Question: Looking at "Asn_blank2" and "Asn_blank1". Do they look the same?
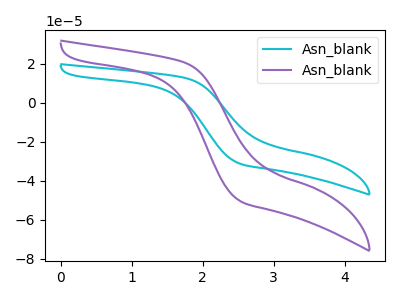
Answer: <think>The cyan curve "Asn_blank1" has no peaks. The purple curve "Asn_blank2" has no peaks.
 Neither "Asn_blank2" or "Asn_blank1" have any peaks.</think>
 <answer>"Asn_blank2" and "Asn_blank1" are similar in shape.</answer>
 <eval>same_shape</eval>